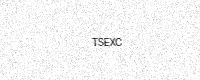
Text: TSEXC